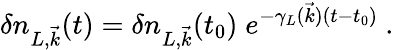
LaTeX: \delta n_{L,{\vec{k}}}(t)=\delta n_{L,{\vec{k}}}(t_{0})\; e^{-\gamma_{L}({\vec{k}})(t-t_{0})}~.